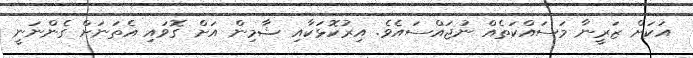
އަކަށް ޒަރީނާ މަސައްކަތެއް ނުޖައްސައެވެ. އިރުކޮޅަކާއި ޝާމިން އަށް ގޮވައި އެތަނަށް ގެންނަނީ